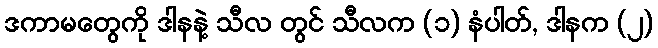
ဒကာမတွေကို ဒါနနဲ့ သီလ တွင် သီလက (၁) နံပါတ်, ဒါနက (၂)